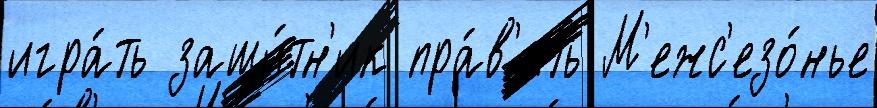
игра́ть защи́тн'ик пра́в'ить М'ежс'езо́нье